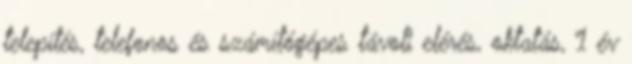
telepítés, telefonos és számítógépes távoli elérés, oktatás, 1 év